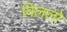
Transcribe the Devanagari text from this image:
विललो